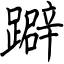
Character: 躃